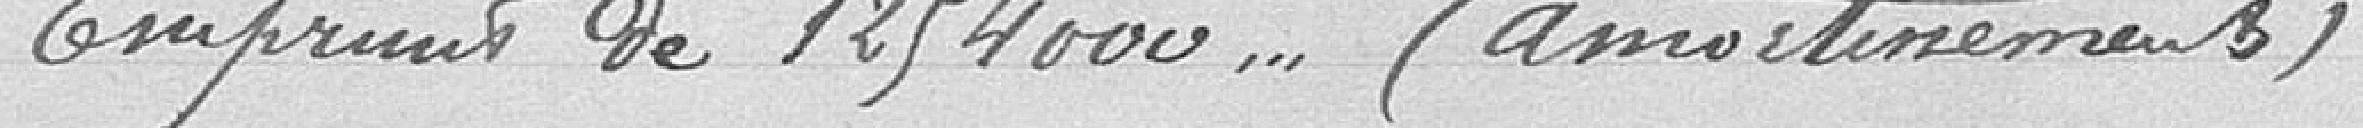
2 - Emprunt de 1 294 000,00  (amortissements)